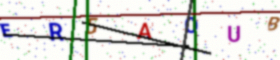
Text: ER5AOUB